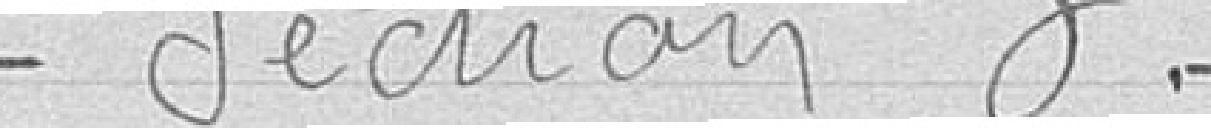
Section 3.